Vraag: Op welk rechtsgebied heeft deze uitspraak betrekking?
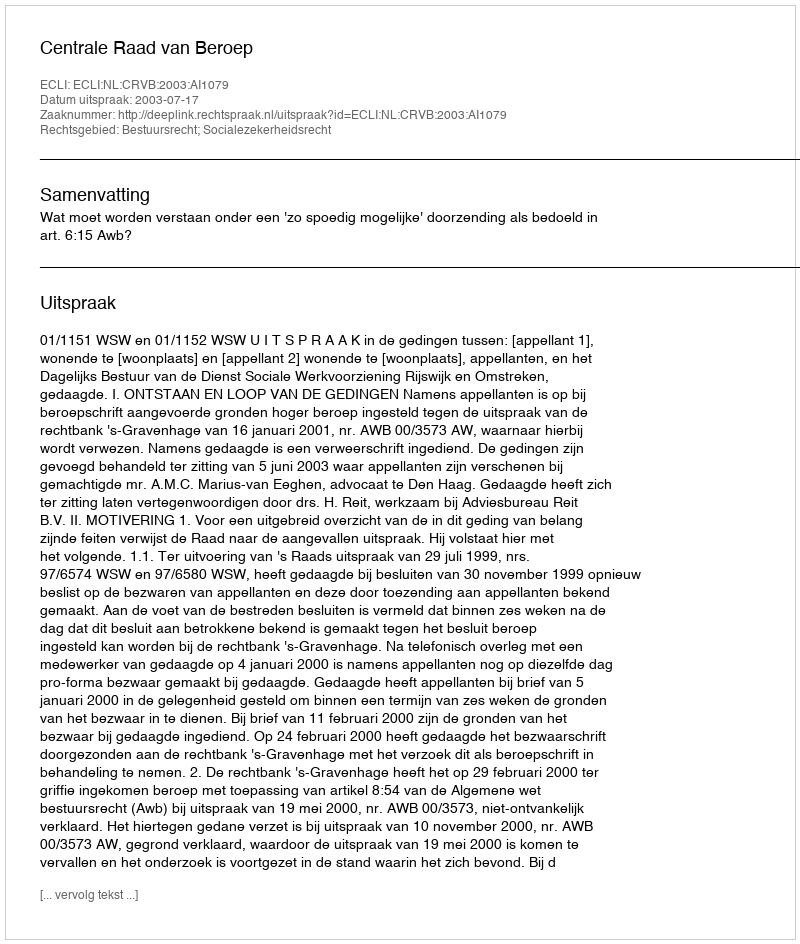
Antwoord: Bestuursrecht; Socialezekerheidsrecht